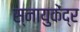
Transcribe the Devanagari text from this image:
स्नायुकेंद्र